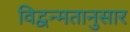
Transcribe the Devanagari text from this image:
विद्वन्मतानुसार